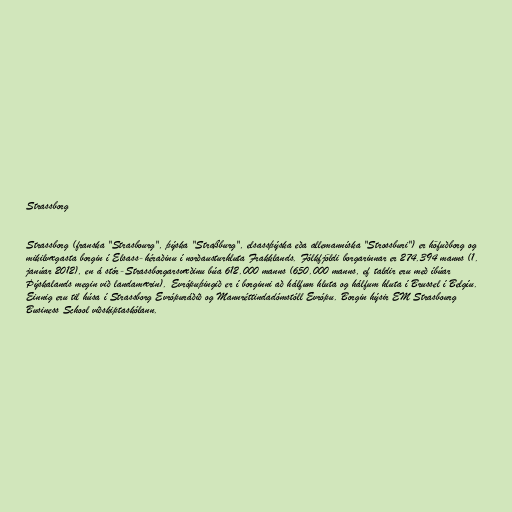
Strassborg

Strassborg (franska "Strasbourg", þýska "Straßburg", elsassþýska eða allemanníska "Strossburi") er höfuðborg og
mikilvægasta borgin í Elsass-héraðinu í norðausturhluta Frakklands. Fólkfjöldi borgarinnar er 274.394 manns (1.
janúar 2012), en á stór-Strassborgarsvæðinu búa 612.000 manns (650.000 manns, ef taldir eru með íbúar
Þýskalands megin við landamærin). Evrópuþingið er í borginni að hálfum hluta og hálfum hluta í Brussel í Belgíu.
Einnig eru til húsa í Strassborg Evrópuráðið og Mannréttindadómstóll Evrópu. Borgin hýsir EM Strasbourg
Business School viðskiptaskólann.